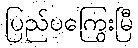
ပြည်ပကြွေးမြီ